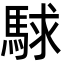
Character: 𮪅